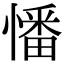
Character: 憣